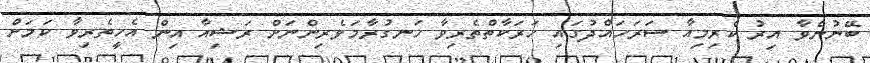
ބޭނުންވާ އިރު ކްރިމިއާ ސަރަހައްދުގައި ހަރަކާތްތެރިވާ ހަނގުރާމަވެރިންނަށް ރަޝިއާ އިން އެހީތެރިވާ ކަމަށް